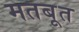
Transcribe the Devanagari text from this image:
मतबूत